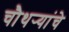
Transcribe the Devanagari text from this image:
चौथर्‍यांचे